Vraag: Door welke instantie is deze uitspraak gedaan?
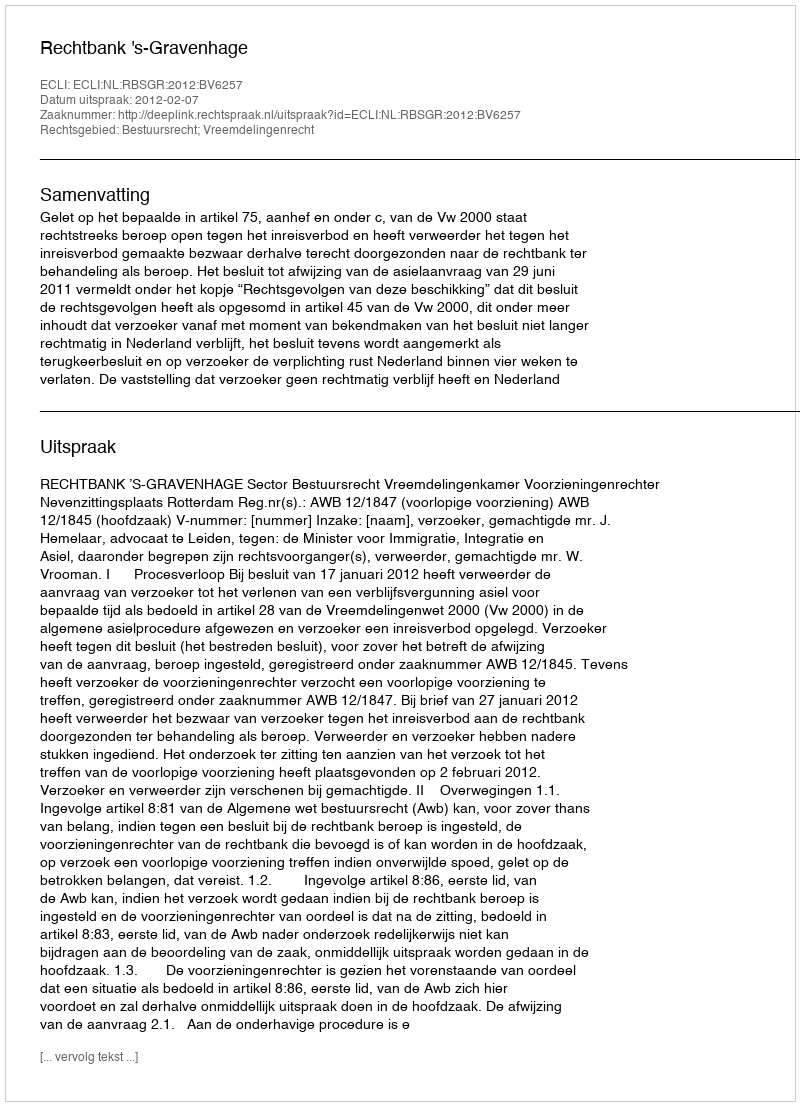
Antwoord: Rechtbank 's-Gravenhage